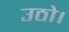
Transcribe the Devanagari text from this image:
उठो।